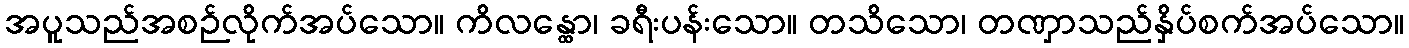
အပူသည်အစဉ်လိုက်အပ်သော။ ကိလန္ထော၊ ခရီးပန်းသော။ တသိသော၊ တဏှာသည်နှိပ်စက်အပ်သော။